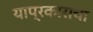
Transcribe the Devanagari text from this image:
याप्रकाराचा